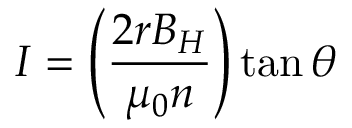
I = \left( { \frac { 2 r B _ { H } } { \mu _ { 0 } n } } \right) \tan \theta